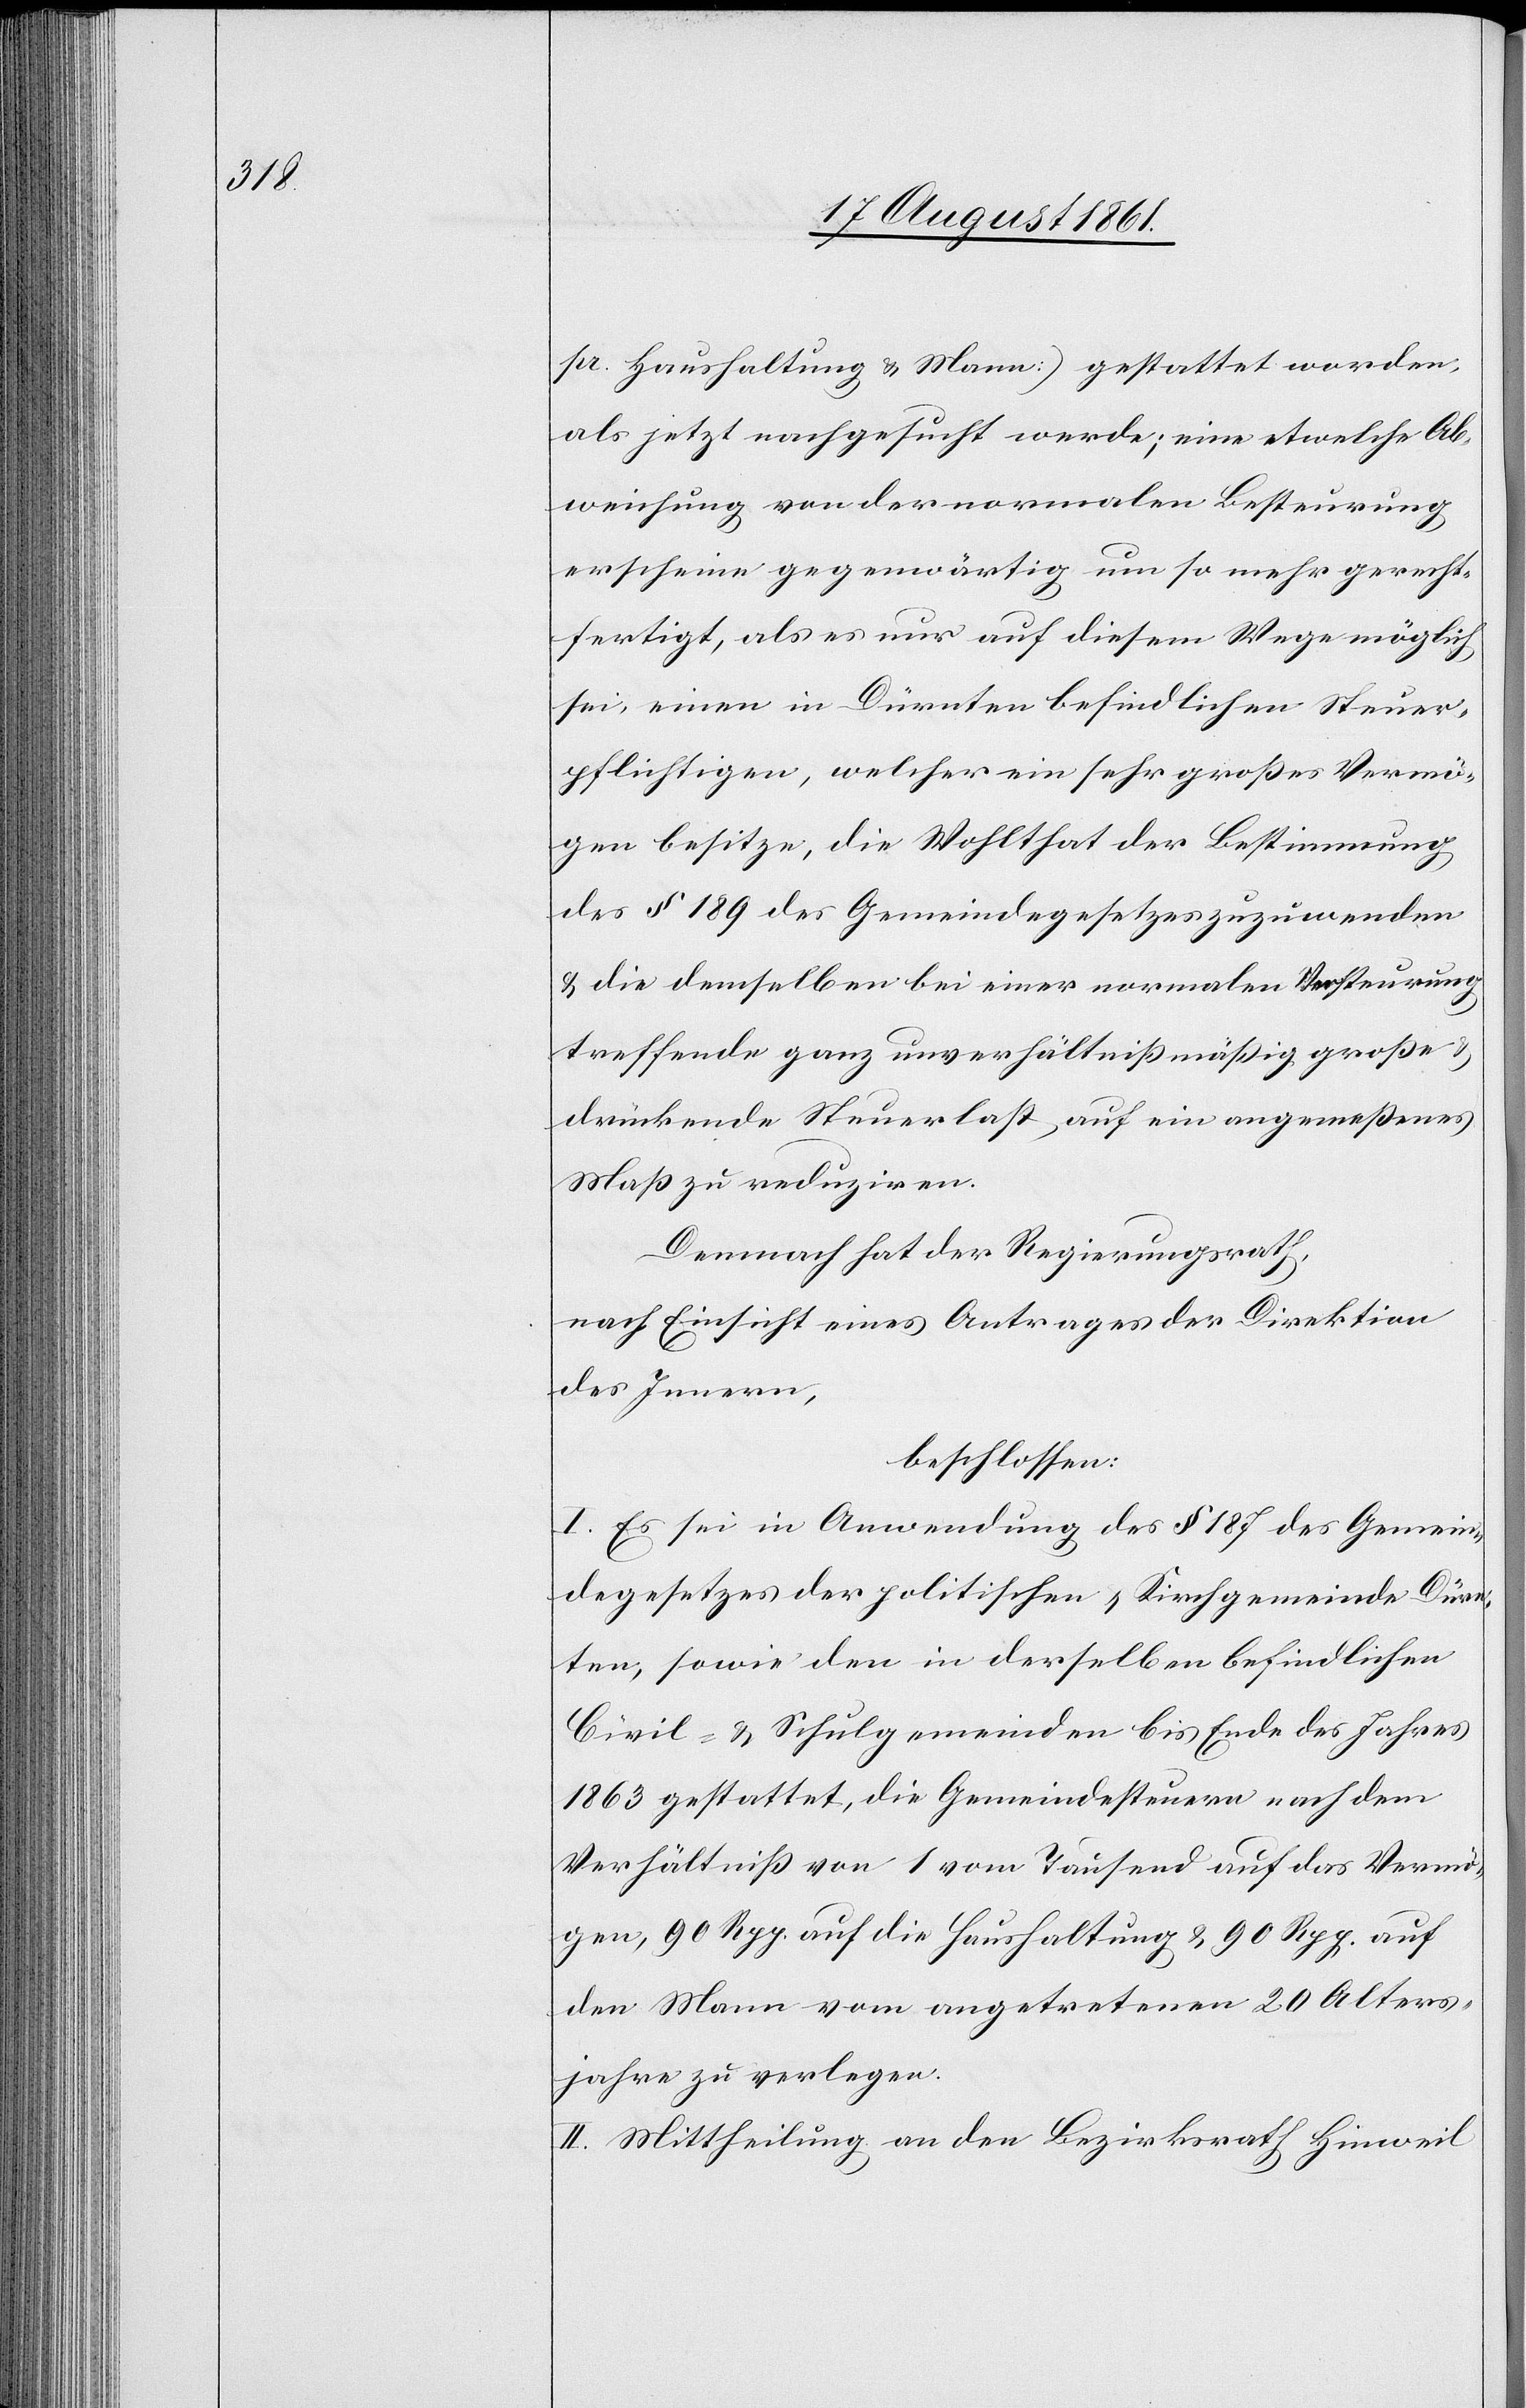
pr. Haushaltung u. Mann.) gestattet worden,
als jetzt nachgesucht werde; eine etwelche Ab¬
weichung von der normalen Besteurung
erscheine gegenwärtig um so mehr gerecht¬
fertigt, als es nur auf diesem Wege möglich
sei, einen in Dürnten befindlichen Steuer¬
pflichtigen, welcher ein sehr großes Vermö¬
gen besitze, die Wohlthat der Bestimmung
des § 189 des Gemeindegesetzes zuzuwenden
u. die demselben bei einer normalen Versteuerung
treffende ganz unverhältnißmäßig große u.
drückende Steuerlast auf ein angemeßenes
Maß zu reduziren.
Demnach hat der Regierungsrath,
nach Einsicht eines Antrages der Direktion
des Innern,
beschlossen:
I. Es sei in Anwendung des § 187 des Gemein¬
degesetzes der politischen u. Kirchgemeinde Dürn¬
ten, sowie den in derselben befindlichen
Civil- u. Schulgemeinden bis Ende des Jahres
1863 gestattet, die Gemeindesteuern nach dem
Verhältniß von 1 vom Tausend auf das Vermö¬
gen, 90 Rpp. auf die Haushaltung u. 90 Rpp. auf
den Mann vom angetretenen 20 Alters¬
jahre zu verlegen.
II. Mittheilung an den Bezirksrath Hinweil